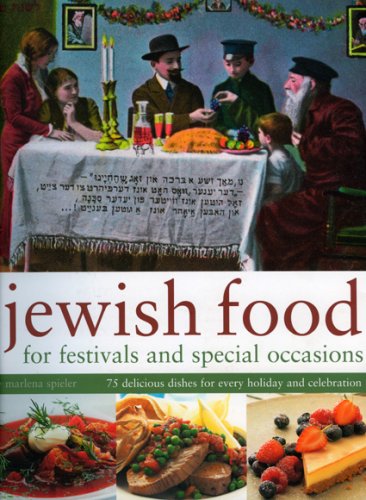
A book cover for Jewish Food for Festivals and Special Occasions: 75 delicious dishes for every holiday and celebration; Marlena Speiler; Cookbooks, Food & Wine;